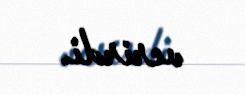
verirdi.